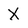
Character: X